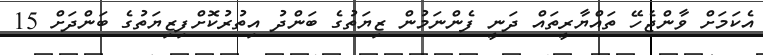
އެކަމަށް ވާންޖެހޭ ތައްޔާރީތައް ދަނީ ފެންނަމުން ޒިޔަތުގެ ބަންދު އިތުރުކޮށްފިޒިޔަތުގެ ބަންދަށް 15